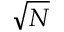
\sqrt { N }